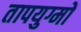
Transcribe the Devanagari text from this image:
तापयुग्मों